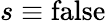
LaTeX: s\equiv\mathrm{false}